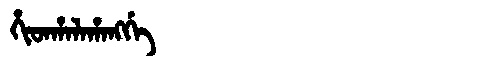
Manchu: ᡥᡳᡨᡥᠠᠯᠠᡥᠠᠩᡤᡝ
Romanization: HITHALAHANGGE